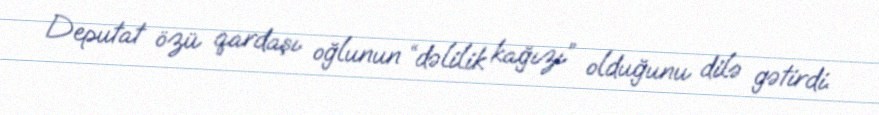
Deputat özü qardaşı oğlunun “dəlilik kağızı” olduğunu dilə gətirdi.